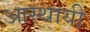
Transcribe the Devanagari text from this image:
आस्थायी